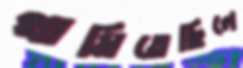
থামিতেছিলে